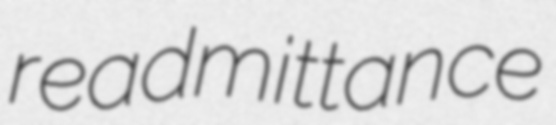
readmittance